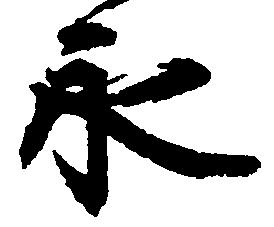
永